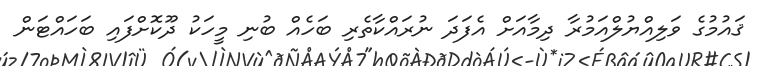
ޤައުމުގެ ވަލިއްޔުލްއަމުރާ ދިމާއަށް އެފަދަ ނުރައްކާތެރި ބަހެއް ބުނި މީހަކު ދޫކޮށްފައި ބަހައްޓަން